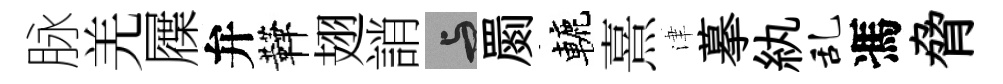
脉羌屧弁鞾翅誚与罽轆熹津摹紈乱馮脅